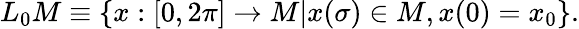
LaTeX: L_{0}M\equiv\{ x:[0,2\pi]\rightarrow M|x(\sigma)\in M,x(0)=x_{0}\} .